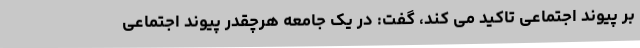
بر پیوند اجتماعی تاکید می کند، گفت: در یک جامعه هرچقدر پیوند اجتماعی